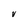
Character: V